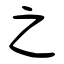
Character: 之